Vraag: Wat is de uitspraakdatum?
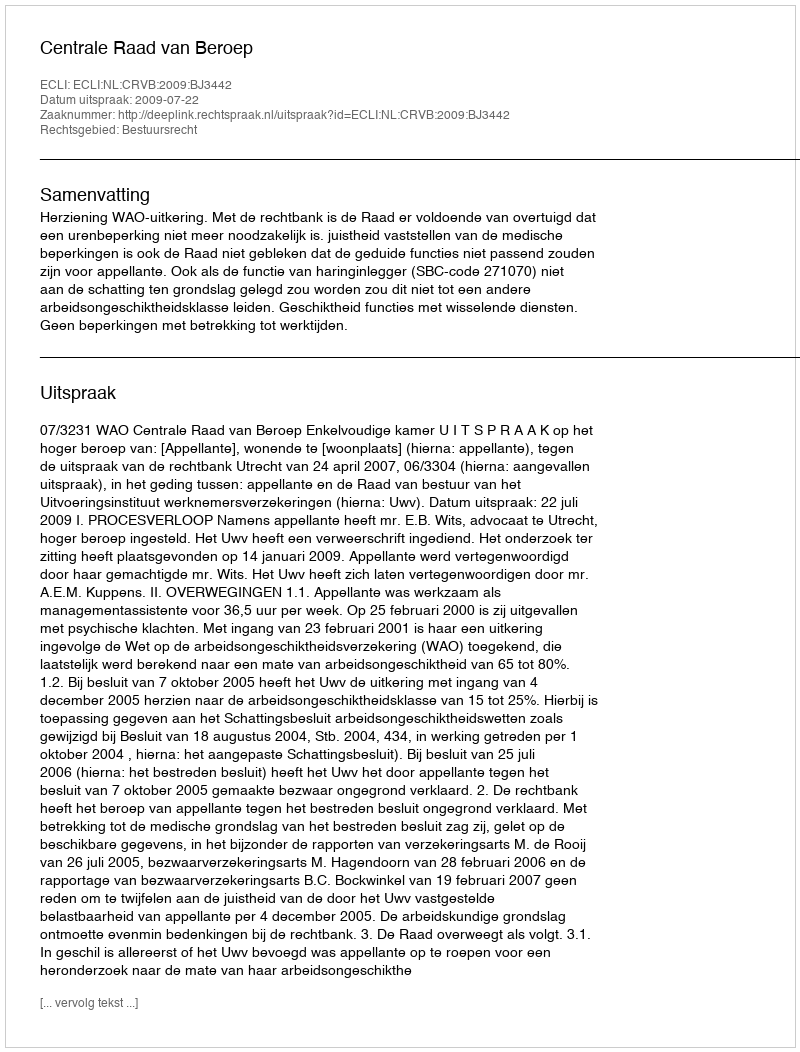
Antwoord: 2009-07-22